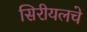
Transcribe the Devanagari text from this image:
सिरीयलचे